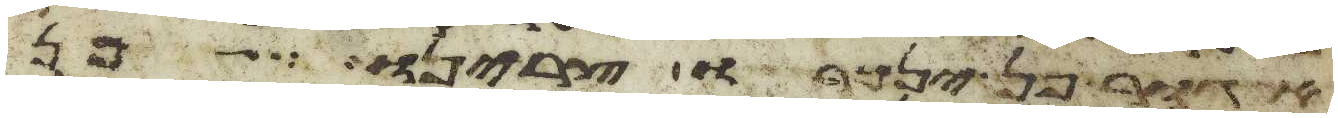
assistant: אגור פן ינכרו צרינו פן